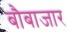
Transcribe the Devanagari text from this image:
बौबाजार